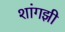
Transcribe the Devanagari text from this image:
शांगझी